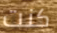
كنت